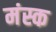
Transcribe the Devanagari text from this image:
मंस्क